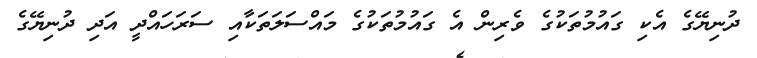
ދުނިޔޭގެ އެކި ގައުމުތަކުގެ ވެރިން އެ ގައުމުތަކުގެ މައްސަލަތަކާއި ސަރަހައްދީ އަދި ދުނިޔޭގެ